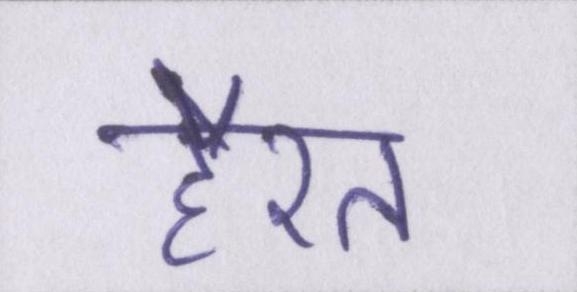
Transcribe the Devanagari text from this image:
हैरत